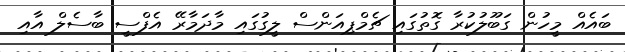
ބައެއް މީހުން ގަބޫލުކުރާ ގޮތުގައި ޗެމްޕިއަންސް ލީގުގައި މާދަމާރޭ އެފްސީ ބާސެލް އާއި